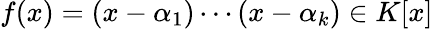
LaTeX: f(x)=(x-\alpha_{1})\cdots(x-\alpha_{k})\in K[x]